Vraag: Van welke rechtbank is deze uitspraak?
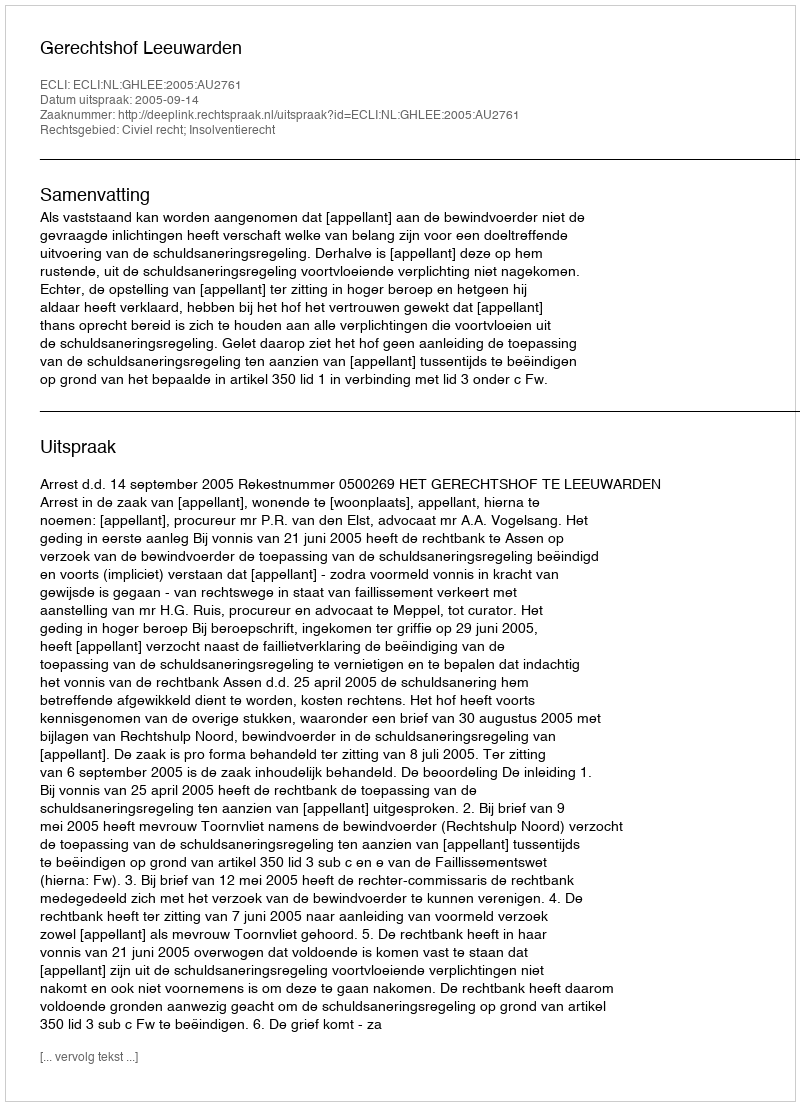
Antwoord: Gerechtshof Leeuwarden